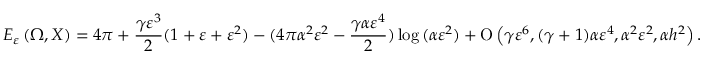
E _ { \varepsilon } \left( \Omega , X \right) = 4 \pi + \frac { \gamma \varepsilon ^ { 3 } } { 2 } ( 1 + \varepsilon + \varepsilon ^ { 2 } ) - ( 4 \pi \alpha ^ { 2 } \varepsilon ^ { 2 } - \frac { \gamma \alpha \varepsilon ^ { 4 } } { 2 } ) \log { ( \alpha \varepsilon ^ { 2 } ) } + \ensuremath { \operatorname { O } \left( \gamma \varepsilon ^ { 6 } , ( \gamma + 1 ) \alpha \varepsilon ^ { 4 } , \alpha ^ { 2 } \varepsilon ^ { 2 } , \alpha h ^ { 2 } \right) } .